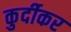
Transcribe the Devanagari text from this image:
कुर्दीकर